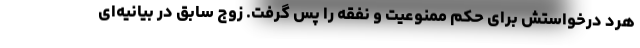
هرد درخواستش برای حکم ممنوعیت و نفقه را پس گرفت. زوج سابق در بیانیه‌ای